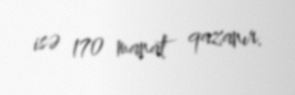
isə 170 manat qazanır.